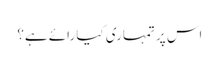
اس پر تمہاری کیا رائے ہے؟